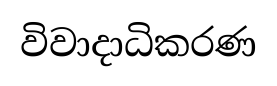
විවාදාධිකරණ